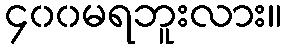
၄၀၀မရဘူးလား။